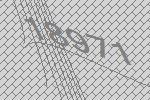
18971